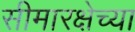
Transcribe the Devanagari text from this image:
सीमारक्षेच्या